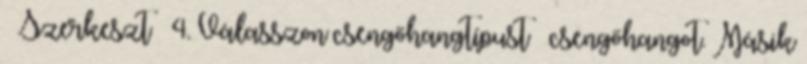
→ Szerkeszt → 4. Válasszon csengőhangtípust → csengőhangot. Másik